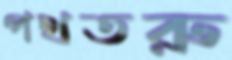
পথতরু